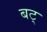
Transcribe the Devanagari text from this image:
बट्